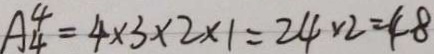
A _ { 4 } ^ { 4 } = 4 \times 3 \times 2 \times 1 = 2 4 \times 2 = 4 8